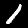
Digit: 1